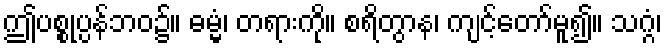
ဤပစ္စုပ္ပန်ဘဝ၌။ ဓမ္မံ၊ တရားကို။ စရိတွာန၊ ကျင့်တော်မူ၍။ သဂ္ဂံ၊